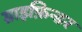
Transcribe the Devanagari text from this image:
ग्राइफ़िन्डर